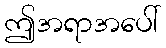
ဤအရာအပေါ်